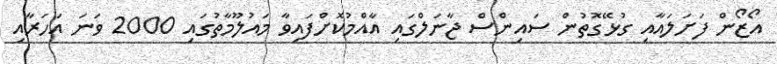
އޯޒޯން ފަށަލައާއި ގުޅޭގޮތުން ސައިންސް ޖާނަލްގައި އާއްމުކޮށްފައިވާ މައުލޫމާތުގައި 2000 ވަނަ އަހަރާއި